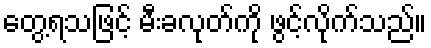
တွေ့ရသဖြင့် မီးခလုတ်ကို ဖွင့်လိုက်သည်။